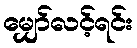
မျှော်လင့်ရင်း